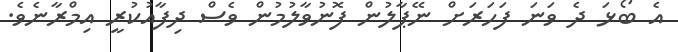
އެ ބޯޅަ ދެ ވަނަ ފަހަރަށް ނޭޕާލުން ފޮނުވާލުމުން ވެސް ދިފާއުކުރީ އިމްރާނެވެ.